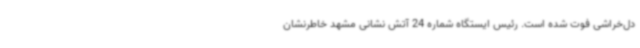
دل‌خراشی فوت شده است. رئیس ایستگاه شماره 24 آتش نشانی مشهد خاطرنشان